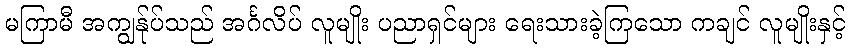
မကြာမီ အကျွန်ုပ်သည် အင်္ဂလိပ် လူမျိုး ပညာရှင်များ ရေးသားခဲ့ကြသော ကချင် လူမျိုးနှင့်